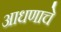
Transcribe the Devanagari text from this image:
आधणाचे